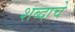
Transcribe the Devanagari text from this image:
शब्‍दाचे